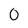
Character: 0